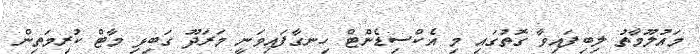
މައުލޫމާތު ލިބިފައިވާ ގޮތުގައި މި އެކްސިޑެންޓް ހިނގާފައިވަނީ މަރަދޫ ގަބިޅި މާޓް ކުރިމަތިން